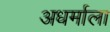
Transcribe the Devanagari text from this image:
अधर्माला